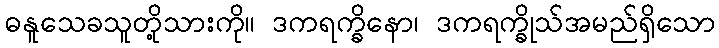
ဓနူသေခသူတို့သားကို။ ဒကရက္ခိနော၊ ဒကရက္ခိုသ်အမည်ရှိသော